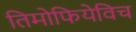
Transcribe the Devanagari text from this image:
तिमोफियेविच